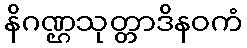
နိဂဏ္ဌသုတ္တာဒိနဝကံ